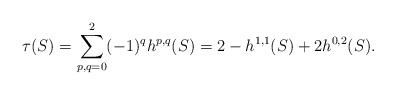
\begin{align*}\tau(S)=\sum_{p,q=0}^2 (-1)^q h^{p,q}(S)=2-h^{1,1}(S)+2 h^{0,2}(S).\end{align*}